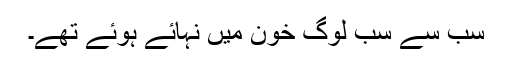
سب سے سب لوگ خون میں نہائے ہوئے تھے۔